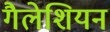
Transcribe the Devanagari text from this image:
गैलेशियन